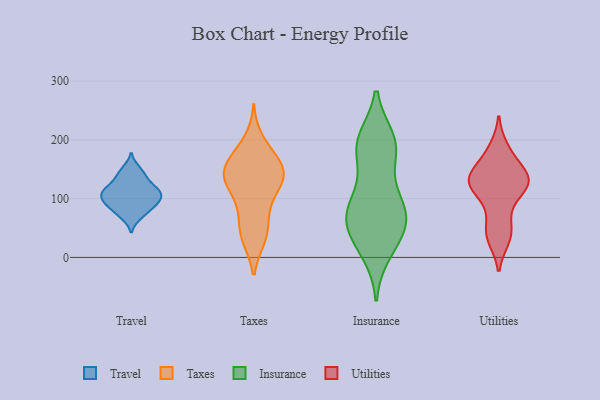
{"axis": {"x": "Customer Acquisition Cost (USD)", "y": "Value"}, "legend": ["Insurance", "Taxes", "Travel", "Utilities"], "data": [{"x": "", "y": 77, "type": "Travel"}, {"x": "", "y": 93, "type": "Travel"}, {"x": "", "y": 105, "type": "Travel"}, {"x": "", "y": 140, "type": "Travel"}, {"x": "", "y": 69, "type": "Travel"}, {"x": "", "y": 131, "type": "Travel"}, {"x": "", "y": 91, "type": "Travel"}, {"x": "", "y": 116, "type": "Travel"}, {"x": "", "y": 105, "type": "Travel"}, {"x": "", "y": 114, "type": "Travel"}, {"x": "", "y": 151, "type": "Travel"}, {"x": "", "y": 92, "type": "Travel"}, {"x": "", "y": 115, "type": "Travel"}, {"x": "", "y": 199, "type": "Taxes"}, {"x": "", "y": 74, "type": "Taxes"}, {"x": "", "y": 36, "type": "Taxes"}, {"x": "", "y": 73, "type": "Taxes"}, {"x": "", "y": 153, "type": "Taxes"}, {"x": "", "y": 130, "type": "Taxes"}, {"x": "", "y": 108, "type": "Taxes"}, {"x": "", "y": 134, "type": "Taxes"}, {"x": "", "y": 178, "type": "Taxes"}, {"x": "", "y": 37, "type": "Taxes"}, {"x": "", "y": 117, "type": "Taxes"}, {"x": "", "y": 141, "type": "Taxes"}, {"x": "", "y": 143, "type": "Taxes"}, {"x": "", "y": 33, "type": "Taxes"}, {"x": "", "y": 167, "type": "Taxes"}, {"x": "", "y": 139, "type": "Taxes"}, {"x": "", "y": 158, "type": "Taxes"}, {"x": "", "y": 63, "type": "Insurance"}, {"x": "", "y": 62, "type": "Insurance"}, {"x": "", "y": 48, "type": "Insurance"}, {"x": "", "y": 199, "type": "Insurance"}, {"x": "", "y": 188, "type": "Insurance"}, {"x": "", "y": 191, "type": "Insurance"}, {"x": "", "y": 189, "type": "Insurance"}, {"x": "", "y": 186, "type": "Insurance"}, {"x": "", "y": 10, "type": "Insurance"}, {"x": "", "y": 53, "type": "Insurance"}, {"x": "", "y": 101, "type": "Insurance"}, {"x": "", "y": 107, "type": "Insurance"}, {"x": "", "y": 85, "type": "Insurance"}, {"x": "", "y": 21, "type": "Insurance"}, {"x": "", "y": 74, "type": "Insurance"}, {"x": "", "y": 38, "type": "Utilities"}, {"x": "", "y": 127, "type": "Utilities"}, {"x": "", "y": 88, "type": "Utilities"}, {"x": "", "y": 120, "type": "Utilities"}, {"x": "", "y": 122, "type": "Utilities"}, {"x": "", "y": 135, "type": "Utilities"}, {"x": "", "y": 50, "type": "Utilities"}, {"x": "", "y": 32, "type": "Utilities"}, {"x": "", "y": 172, "type": "Utilities"}, {"x": "", "y": 132, "type": "Utilities"}, {"x": "", "y": 185, "type": "Utilities"}, {"x": "", "y": 142, "type": "Utilities"}, {"x": "", "y": 132, "type": "Utilities"}]}